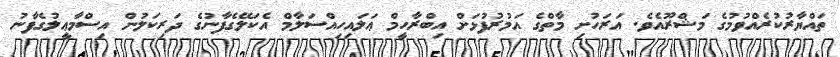
ތައްޔާރުކުރެއްވުމުގެ މަޝްރޫއެވެ. އަރަހުށި މާތްގެ އަމުރުފުޅަށް އިބްރާހީމް ޢަލައިހިއްސަލާމް އެކަލޭގެފާނުގެ ދަރިކަލުން އިސްމާޢީލުގެފާނު